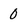
Character: 0